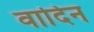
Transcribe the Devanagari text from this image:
वादिन